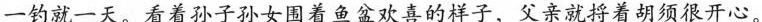
一钓就一天。看着孙子孙女围着鱼盆欢喜的样子，父亲就捋着胡须很开心。